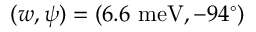
( w , \psi ) = ( 6 . 6 \ \mathrm { m e V } , - 9 4 ^ { \circ } )